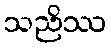
သညိဿ